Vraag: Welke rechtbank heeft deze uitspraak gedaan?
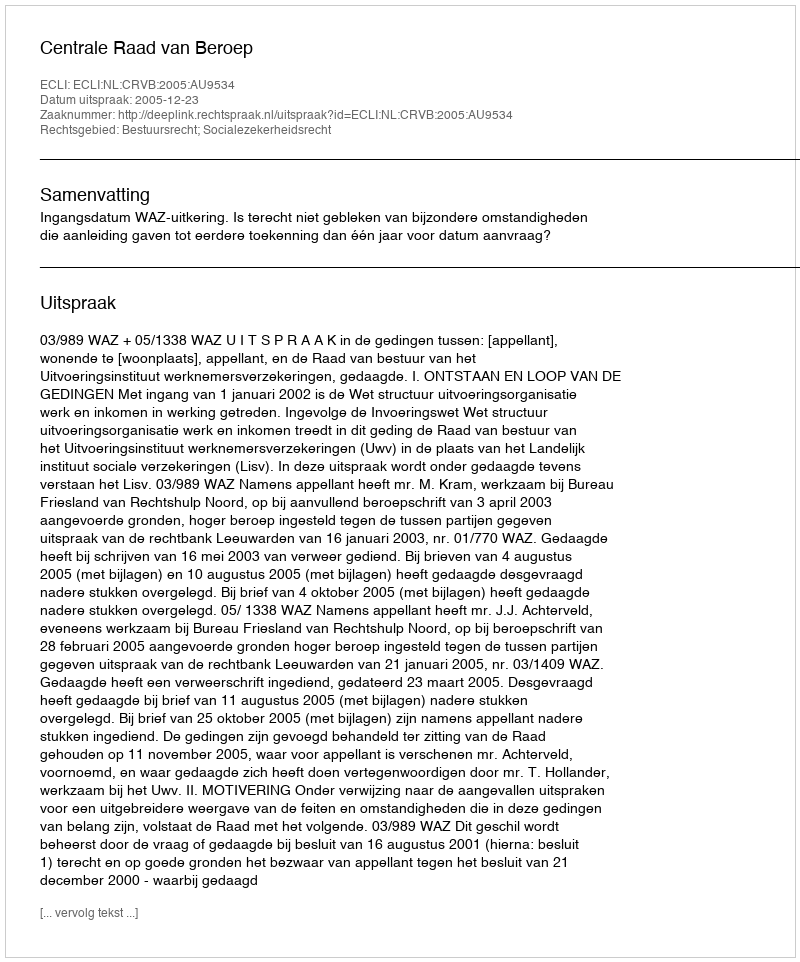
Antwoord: Centrale Raad van Beroep